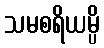
သမစရိယမ္ပိ